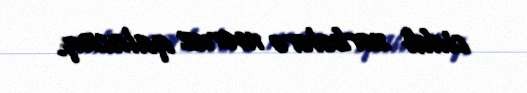
ciddi zərbələrə məruz qalacaq.